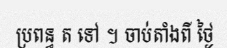
ប្រពន្ធ ត ទៅ ។ ចាប់តាំងពី ថ្ងៃ